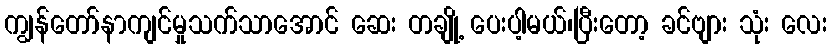
ကျွန်တော်နာကျင်မှုသက်သာအောင် ဆေး တချို့ ပေးပါ့မယ်၊ပြီးတော့ ခင်ဗျား သုံး လေး